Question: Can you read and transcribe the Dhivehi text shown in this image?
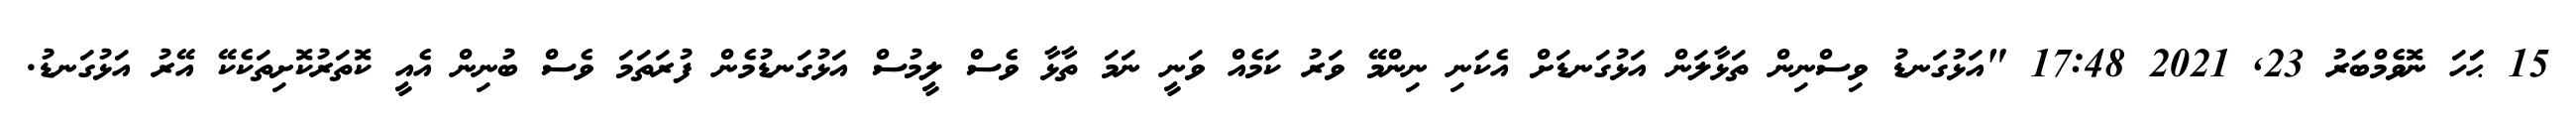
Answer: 15 ޙަަަހަ ނޮވެމްބަރު 23, 2021 17:48 "އަޅުގަނޑު ވިސްނިން ތަޅާލަން އަޅުގަނޑަށް އެކަނި ނިންމޭ ވަރު ކަމެއް ވަނީ ނަމަ ތާޅާ ވެސް ލީމުސް އަޅުގަނޑުމެން ފުރަތަމަ ވެސް ބުނިން އެއީ ކޮތަރުކޮށިތަކެކޭ އޭރު އަޅުގަނޑު.